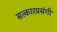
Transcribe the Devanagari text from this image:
सत्कारप्रसंगी